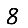
Digit: 8